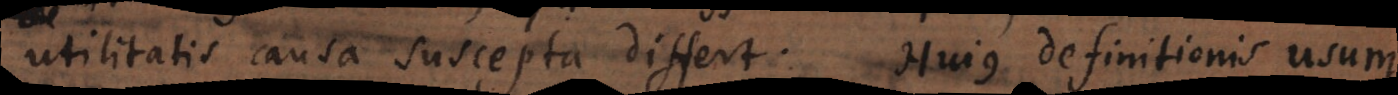
utilitatis causa suscepta differt. Hujus definitionis usum